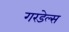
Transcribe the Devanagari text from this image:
गरडेल्स